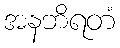
အနဘိရတံ